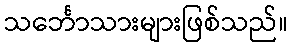
သင်္ဘောသားများဖြစ်သည်။